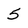
Character: 5